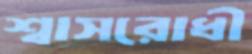
শ্বাসরোধী